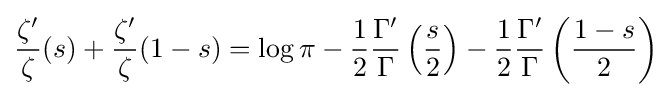
{\frac {\zeta '}{\zeta }}(s)+{\frac {\zeta '}{\zeta }}(1-s)=\log \pi -{\frac {1}{2}}{\frac {\Gamma '}{\Gamma }}\left({\frac {s}{2}}\right)-{\frac {1}{2}}{\frac {\Gamma '}{\Gamma }}\left({\frac {1-s}{2}}\right)